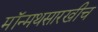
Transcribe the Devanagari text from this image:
मॉन्मथसारखीच